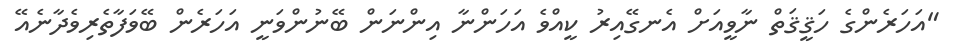
"އަހަރެންގެ ހަޤީޤަތް ނާވީއަށް އެނގޭއިރު ކީއްވެ އަހަންނާ އިންނަން ބޭނުންވަނީ އަހަރެން ބޭވަފާތެރިވެދާނެއޭ